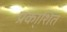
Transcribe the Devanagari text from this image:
प्रका्शित